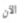
الآن